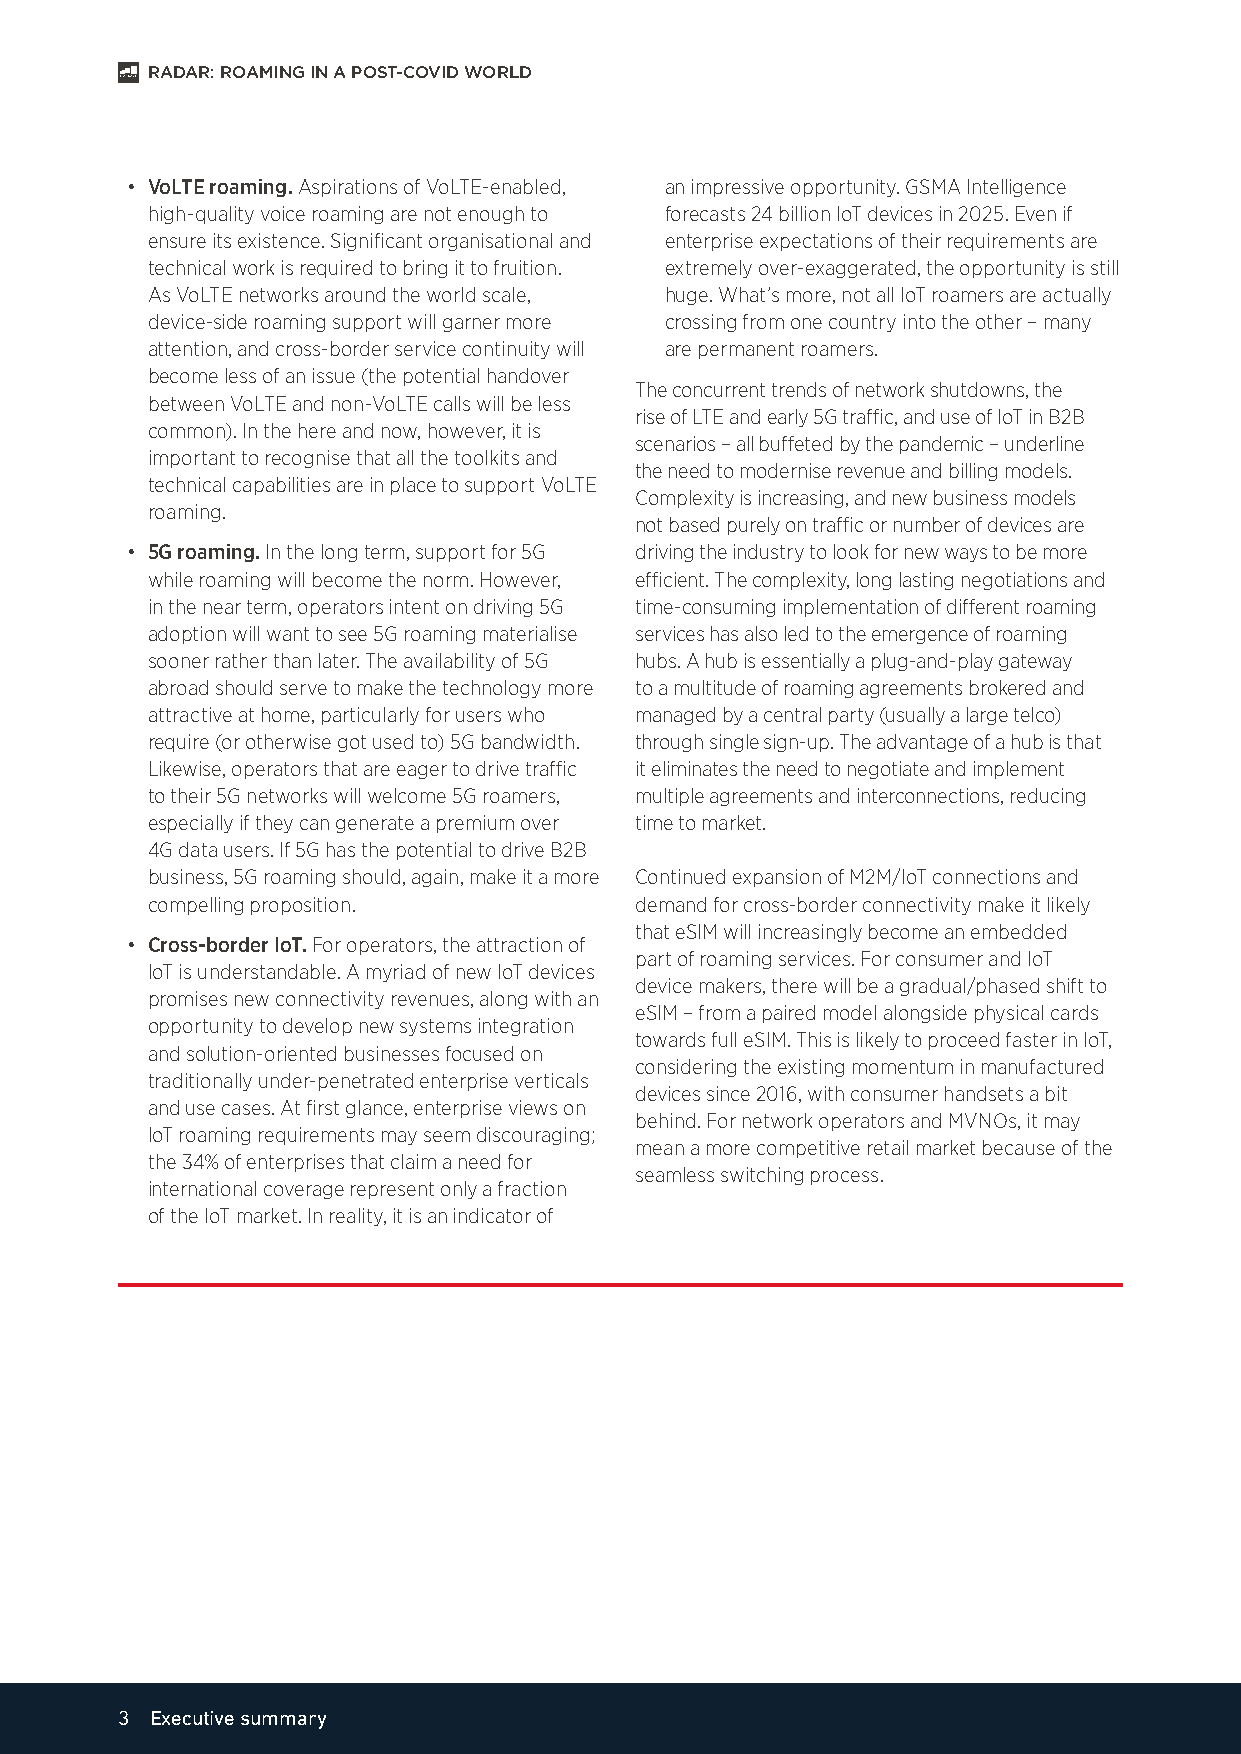
RADAR: ROAMING IN A POST-COVID WORLD
 • VoLTE roaming. Aspirations of VoLTE-enabled, an impressive opportunity. GSMA Intelligence
 high-quality voice roaming are not enough to forecasts 24 billion IoT devices in 2025. Even if
 ensure its existence. Significant organisational and enterprise expectations of their requirements are
 technical work is required to bring it to fruition. extremely over-exaggerated, the opportunity is still
 As VoLTE networks around the world scale, huge. What’s more, not all IoT roamers are actually
 device-side roaming support will garner more crossing from one country into the other – many
 attention, and cross-border service continuity will are permanent roamers.
 become less of an issue (the potential handover
 The concurrent trends of network shutdowns, the
 between VoLTE and non-VoLTE calls will be less
 rise of LTE and early 5G traffic, and use of IoT in B2B
 common). In the here and now, however, it is
 scenarios – all buffeted by the pandemic – underline
 important to recognise that all the toolkits and
 the need to modernise revenue and billing models.
 technical capabilities are in place to support VoLTE
 Complexity is increasing, and new business models
 roaming.
 not based purely on traffic or number of devices are
 • 5G roaming. In the long term, support for 5G driving the industry to look for new ways to be more
 while roaming will become the norm. However, efficient. The complexity, long lasting negotiations and
 in the near term, operators intent on driving 5G time-consuming implementation of different roaming
 adoption will want to see 5G roaming materialise services has also led to the emergence of roaming
 sooner rather than later. The availability of 5G hubs. A hub is essentially a plug-and-play gateway
 abroad should serve to make the technology more to a multitude of roaming agreements brokered and
 attractive at home, particularly for users who managed by a central party (usually a large telco)
 require (or otherwise got used to) 5G bandwidth. through single sign-up. The advantage of a hub is that
 Likewise, operators that are eager to drive traffic it eliminates the need to negotiate and implement
 to their 5G networks will welcome 5G roamers, multiple agreements and interconnections, reducing
 especially if they can generate a premium over time to market.
 4G data users. If 5G has the potential to drive B2B
 business, 5G roaming should, again, make it a more Continued expansion of M2M/IoT connections and
 compelling proposition.         demand for cross-border connectivity make it likely
 that eSIM will increasingly become an embedded
 • Cross-border IoT. For operators, the attraction of
 part of roaming services. For consumer and IoT
 IoT is understandable. A myriad of new IoT devices
 device makers, there will be a gradual/phased shift to
 promises new connectivity revenues, along with an
 eSIM – from a paired model alongside physical cards
 opportunity to develop new systems integration
 towards full eSIM. This is likely to proceed faster in IoT,
 and solution-oriented businesses focused on
 considering the existing momentum in manufactured
 traditionally under-penetrated enterprise verticals
 devices since 2016, with consumer handsets a bit
 and use cases. At first glance, enterprise views on
 behind. For network operators and MVNOs, it may
 IoT roaming requirements may seem discouraging;
 mean a more competitive retail market because of the
 the 34% of enterprises that claim a need for
 seamless switching process.
 international coverage represent only a fraction
 of the IoT market. In reality, it is an indicator of
 3 Executive summary